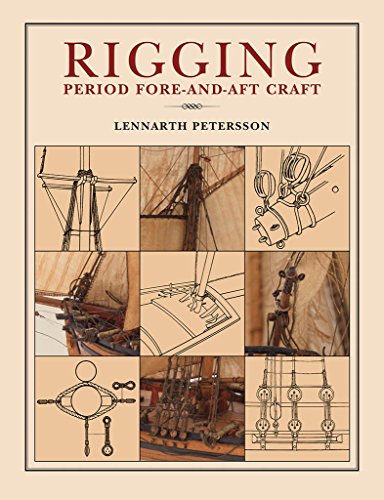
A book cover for Rigging Period Fore-and-Aft Craft; Lennarth Petersson; Arts & Photography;